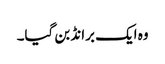
وہ ایک برانڈ بن گیا۔